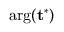
\mathrm { { a r g } ( \mathbf { t } ^ { * } ) }